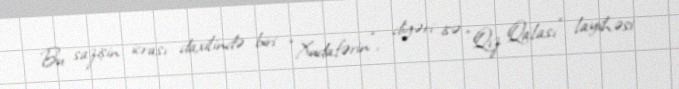
Bu sazişin icrası daxilində biri “Xudafərin”, digəri isə “Qız Qalası” layihəsi